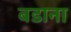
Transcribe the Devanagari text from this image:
बडाना